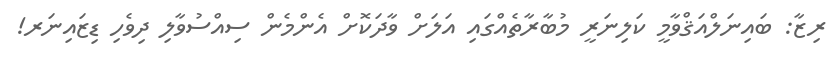
ރިޒާ: ބައިނަލްއަޤްވާމީ ކަލިނަރީ މުބާރާތެއްގައި އަލަށް ވާދަކޮށް އެންމެން ސިއްސުވާލި ދިވެހި ޑިޒައިނަރ!